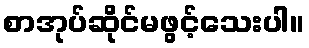
စာအုပ်ဆိုင်မဖွင့်သေးပါ။